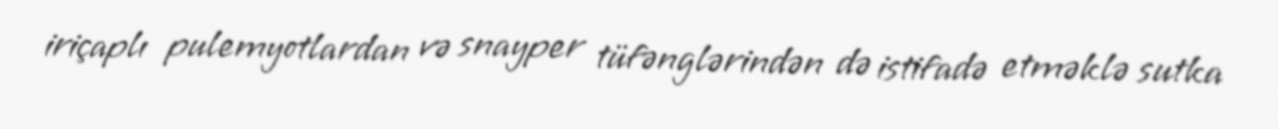
iriçaplı pulemyotlardan və snayper tüfənglərindən də istifadə etməklə sutka